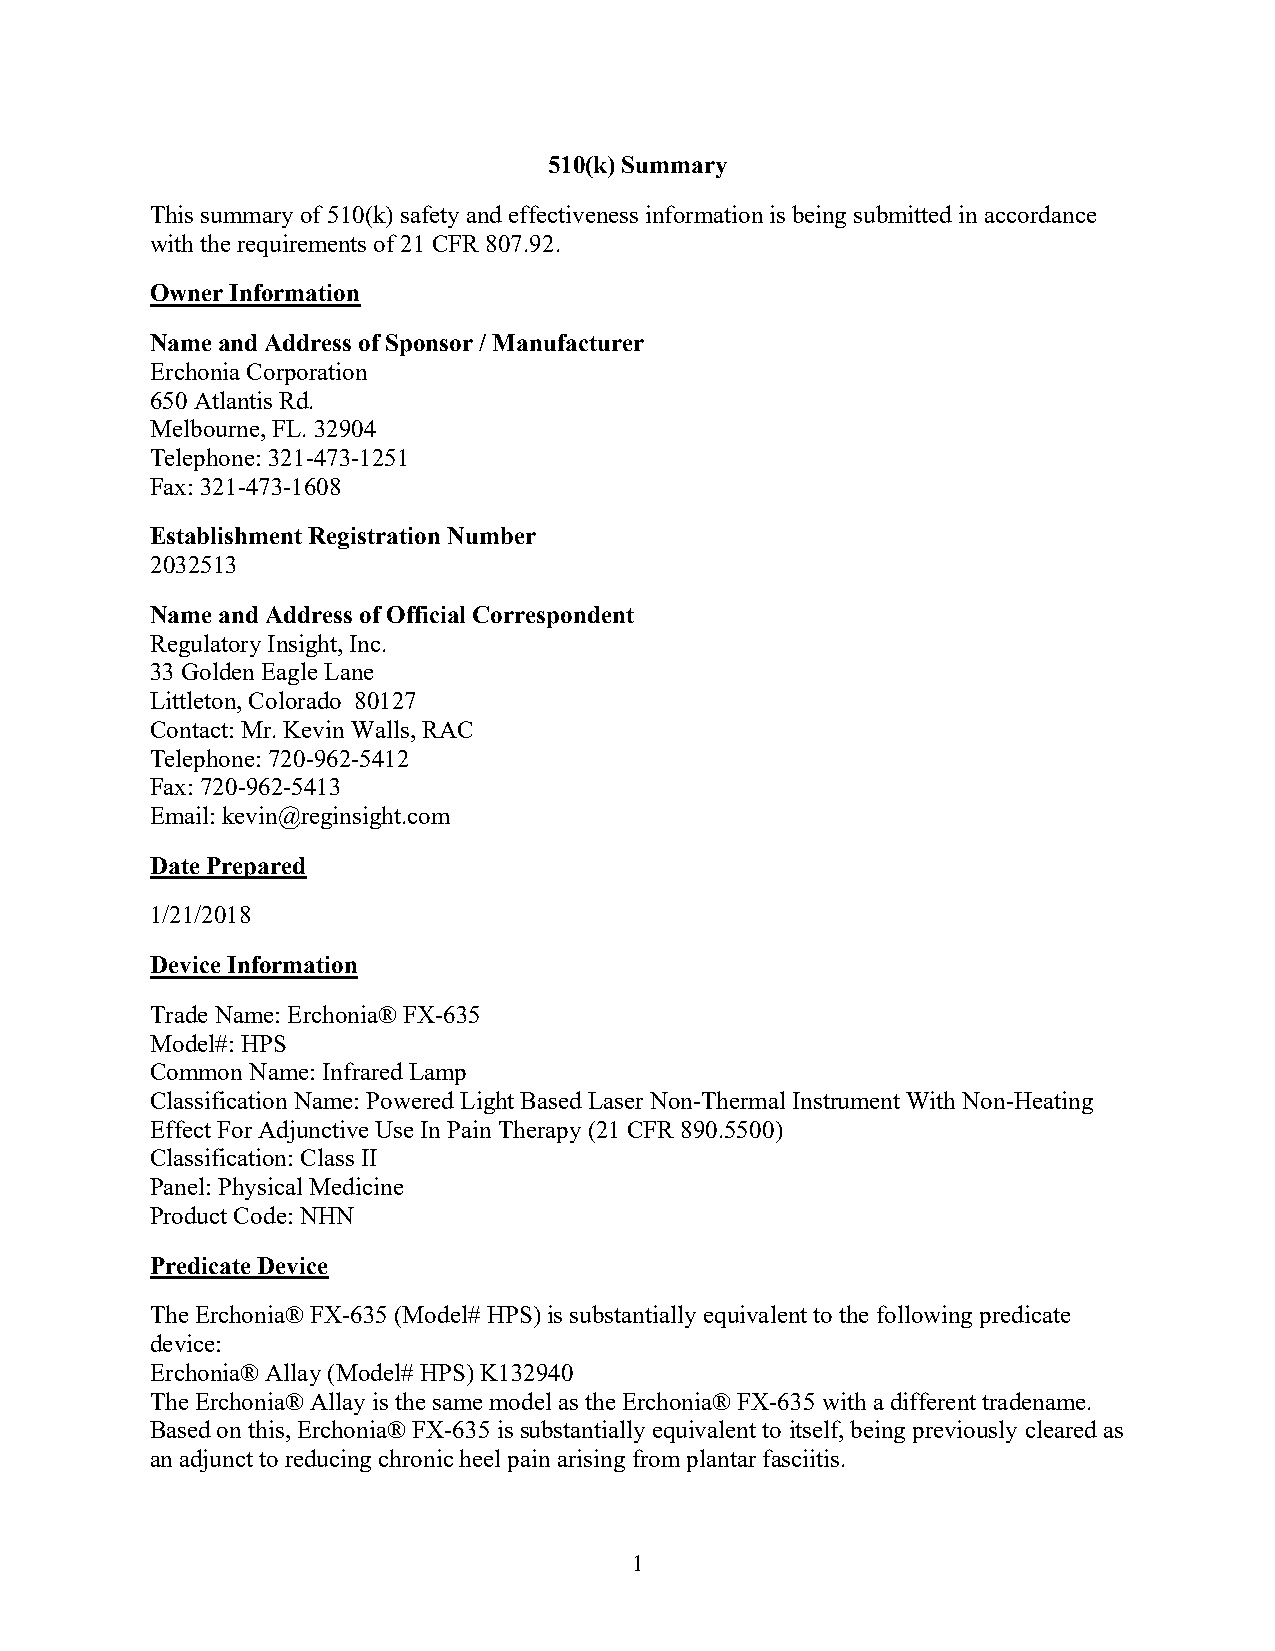
510(k) Summary
 This summary of 510(k) safety and effectiveness information is being submitted in accordance
 with the requirements of 21 CFR 807.92.
 Owner Information
 Name and Address of Sponsor / Manufacturer
 Erchonia Corporation
 650 Atlantis Rd.
 Melbourne, FL. 32904
 Telephone: 321-473-1251
 Fax: 321-473-1608
 Establishment Registration Number
 2032513
 Name and Address of Official Correspondent
 Regulatory Insight, Inc.
 33 Golden Eagle Lane
 Littleton, Colorado 80127
 Contact: Mr. Kevin Walls, RAC
 Telephone: 720-962-5412
 Fax: 720-962-5413
 Email: kevin@reginsight.com
 Date Prepared
 1/21/2018
 Device Information
 Trade Name: Erchonia® FX-635
 Model#: HPS
 Common Name: Infrared Lamp
 Classification Name: Powered Light Based Laser Non-Thermal Instrument With Non-Heating
 Effect For Adjunctive Use In Pain Therapy (21 CFR 890.5500)
 Classification: Class II
 Panel: Physical Medicine
 Product Code: NHN
 Predicate Device
 The Erchonia® FX-635 (Model# HPS) is substantially equivalent to the following predicate
 device:
 Erchonia® Allay (Model# HPS) K132940
 The Erchonia® Allay is the same model as the Erchonia® FX-635 with a different tradename.
 Based on this, Erchonia® FX-635 is substantially equivalent to itself, being previously cleared as
 an adjunct to reducing chronic heel pain arising from plantar fasciitis.
 1